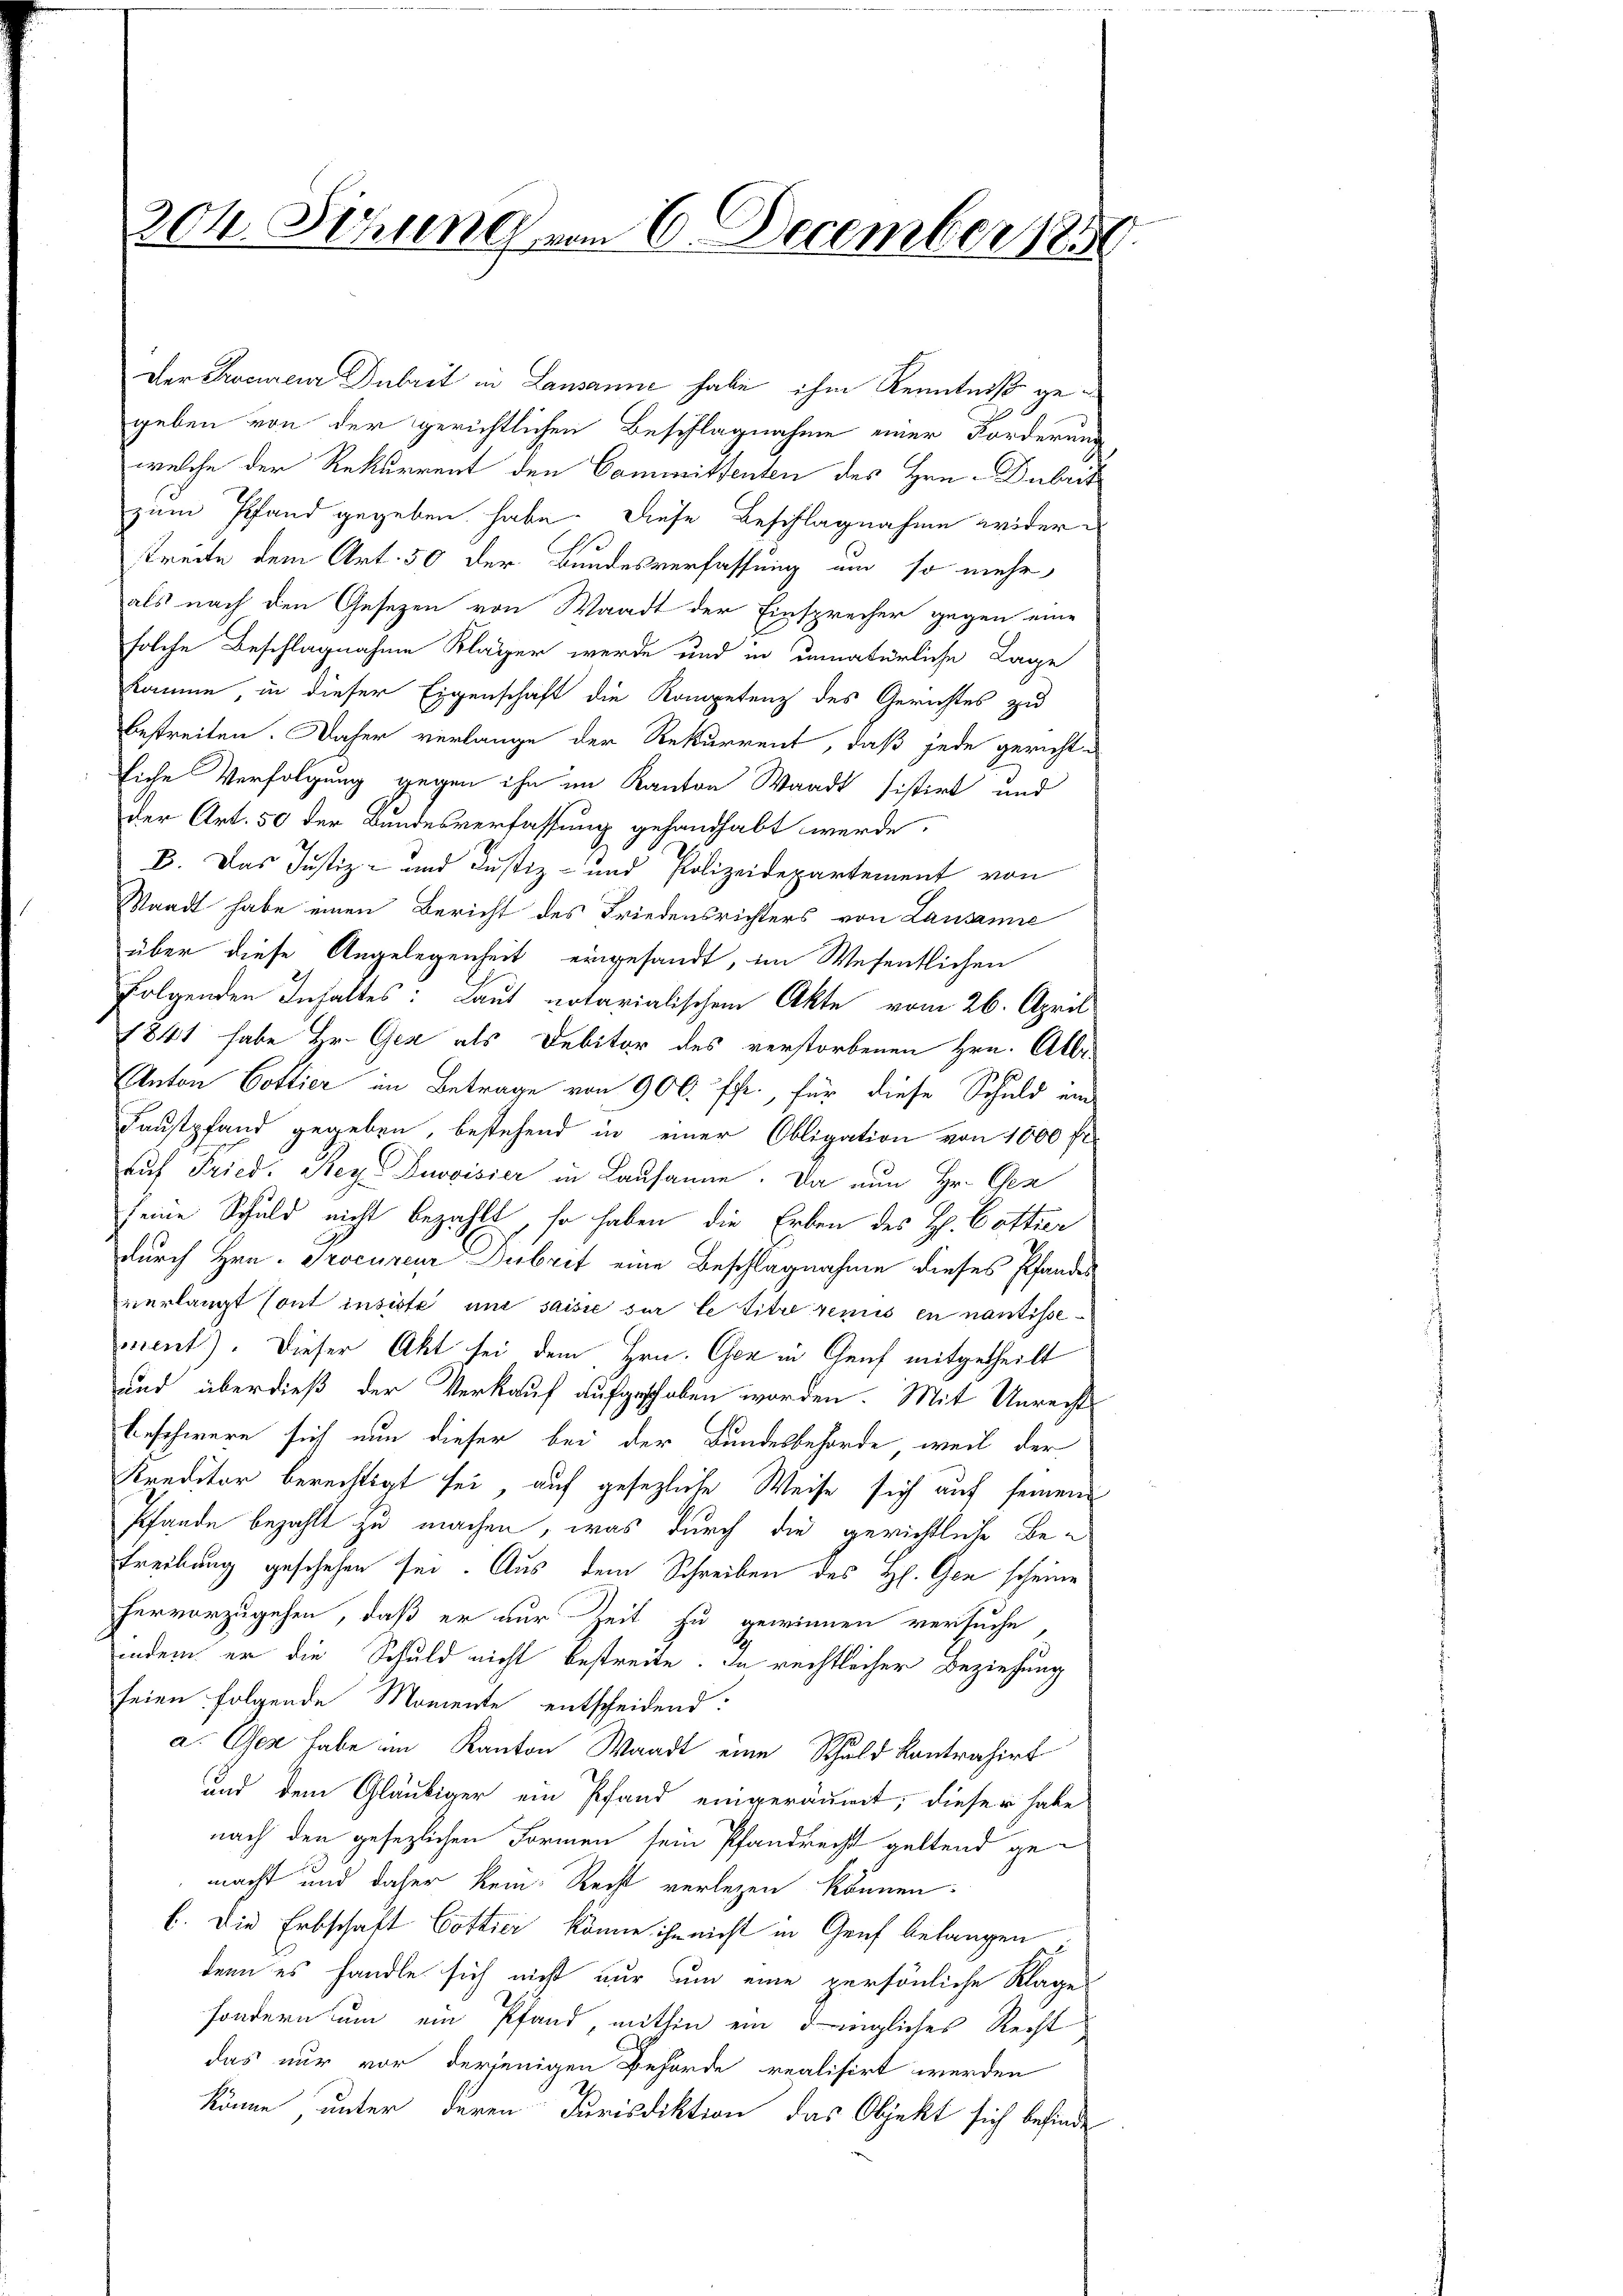
204. Sehrung vom 6 December 1850.

Der Procureur Dubrit in Lausanne habe ihm Kenntniß gegeben von der gerichtlichen Beschlagnahme einer Forderung
welche der Rekurrent den Committenten des Hrn. Dubrit
zum Pfand gegeben habe. Diese Beschlagnahme widerstreite dem Art. 50 der Bundesverfassung um so mehr
als nach den Gesetzen von Waadt der Einsprecher gegen eine
solche Beschlagnahme Kläger werde und in unnatürliche Lage
komme, in dieser Eigenschaft die Kompetenz des Gerichtes zu
bestreiten. Daher verlange der Rekurrent, daß jede gerichtliche Verfolgung gegen ihn im Kanton Waadt sistirt und
der Art. 50 der Bundesverfassung gehandhabt werde.
E. Das Justiz- und Justiz- und Polizeidepartement von
Standt habe einen Bericht des Friedensrichters von Lausanne
über diese Angelegenheit eingesandt, im Wesentlichen
folgenden Inhaltes: Laut notarialischen Akte vom 26. April
1841 habe Hr. Gez als Debitor des verstorbenen Hrn. Allr.
Anton Gottier im Betrage von 900. fr., für diese Schuld ein
Faustpfand gegeben, bestehend in einer Obligation von 1000 fl
aŭf Fried. Sey Duovisier in Lausanne. Da nun Hr. Ges
seine Schuld nicht bezahlt, so haben die Erben des H. Cottier
durch Hrn. Procureur Dubrit eine Beschlagnahme dieses Pfandes
verlangt sont insiste une saisie sur le titre remis en nantissemnent). Dieser Akt sei dem Hrn. Oser in Genf mitgetheilt
und überdieß der Verkauf aufgeschaben worden. Mit Unrechts
beschwere sich nun dieser bei der Bundesbehörde, weil der
Kreditor berechtigt sei, auf gesezliche Weise sich auf seinem
Pfande bezahlt zu machen, was durch die gerichtliche Be-
Treibung geschehen sei. Aus dem Schreiben des Hl. Gen scheine
hervorzugehen, daß er nur Zeit zu gewinnen versuche,
indem er die Schuld nicht bestreite. In rechtlicher Beziehung
seien folgende Momente entscheidend:
a. Oser habe im Kanton Waadt eine Schuld kontrahirt
und dem Gläubiger ein Pfand eingeräumt; dieser habe
nach den gesezlichen Formen sein Pfandrecht geltend gemacht und daher kein Recht verlegen können.
b. Die Erbschaft Gottier könne ihn nicht in Genf belangen
denn es handle sich nicht nur um eine persönliche Klage
sondern um ein Pfand, mithin ein dingliches Recht
das nur vor derjenigen Behörde realisirt werden
könne unter deren Jurisdiktion das Objekt sich befinde